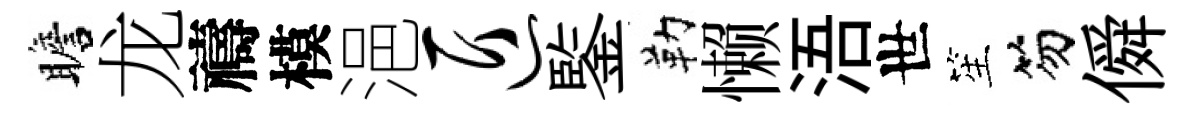
瞻龙禱模浥匠鍳勒懒浯世笙笏僢